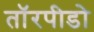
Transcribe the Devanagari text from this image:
तॉरपीडो